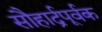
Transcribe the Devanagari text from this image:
सौहार्द्रपूर्वक